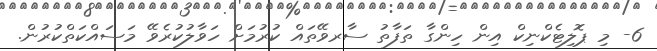
6- މި ޕޮލިޓެކްނިކް އިން ހިންގާ ތަފާތު ސާރވޭތައް ކުރުމަށް ހަވާލުކުރެވޭ މަސައްކަތްކުރުން.